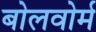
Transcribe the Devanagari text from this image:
बोलवोर्म